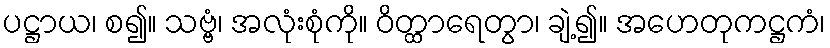
ပဋ္ဌာယ၊ စ၍။ သဗ္ဗံ၊ အလုံးစုံကို။ ဝိတ္ထာရေတွာ၊ ချဲ့၍။ အဟေတုကဋ္ဌကံ၊